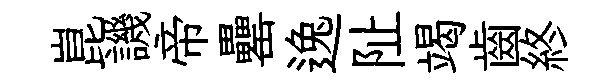
崑譏帝罍逸阯竭齒終